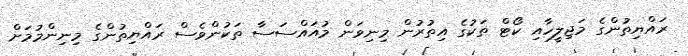
ރައްޔިތުންގެ މަޖިލީހާއި ކޯޓް ތަކުގެ އިތުރުން މިނިވަން މުއައްސަސާ ތަކުންވެސް ރައްޔިތުންގެ މިނިންމުމަށް